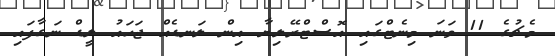
މެޗުގެ 11 ވަނަ މިނެޓްގައި އޮސްޓްރޭލިޔާ އިން ލަނޑެއް ޖަހައު ލީޑް ނަގާފައި